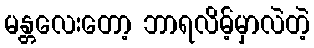
မန္တလေးတော့ ဘာရလိမ့်မှာလဲတဲ့